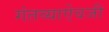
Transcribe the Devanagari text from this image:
गंतव्याऐवजी